Annual report of the Punjab Veterinary College and of the Civil Veterinary Department, Punjab - 1909-1919
Year: 1909
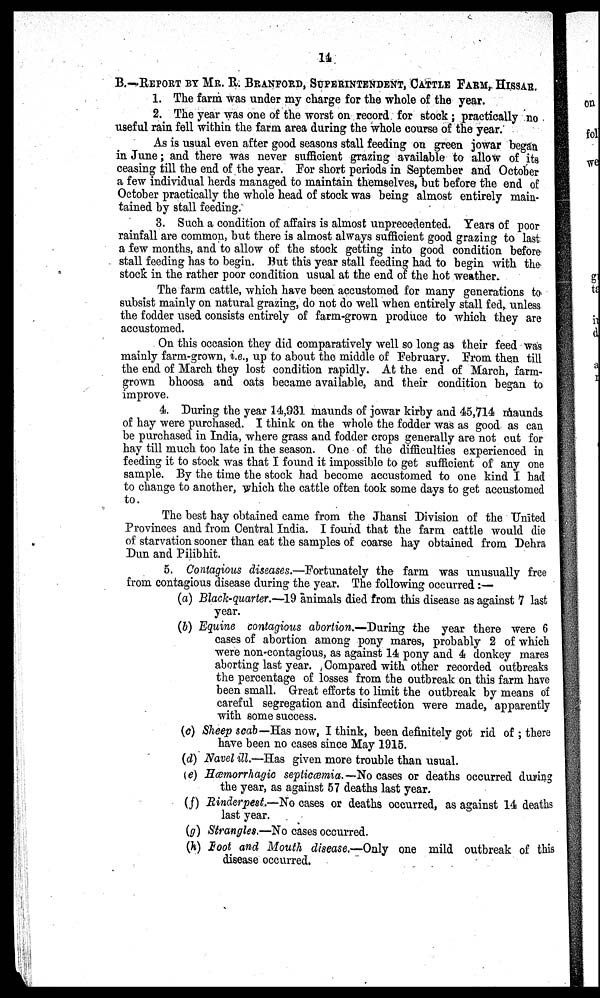
14
B.—REPORT BY Mr. R. BRANFORD, SUPERINTENDENT, CATTLE FARM,. HISSAR.
1. The farm was under my charge for the whole of the year.
2. The year was one of the worst on record for stock; practically no
useful rain fell within the farm area during the whole course of the year.
As is usual even after good seasons stall feeding on green jowar began
in June; and there was never sufficient grazing available to allow of its
ceasing till the end of the year. For short periods in September and October
a few individual herds managed to maintain themselves, but before the end of
October practically the whole head of stock was being almost entirely main-
tained by stall feeding.
3. Such a condition of affairs is almost unprecedented. Years of poor
rainfall are common, but there is almost always sufficient good grazing to last
a few months, and to allow of the stock getting into good condition before
stall feeding has to begin. But this year stall feeding had to begin with the
stock in the rather poor condition usual at the end of the hot weather.
The farm cattle, which have been accustomed for many generations to
subsist mainly on natural grazing, do not do well when entirely stall fed, unless
the fodder used consists entirely of farm-grown produce to which they are
accustomed.
On this occasion they did comparatively well so long as their feed was
mainly farm-grown, i.e., up to about the middle of February. From then till
the end of March they lost condition rapidly. At the end of March, farm-
grown bhoosa and oats became available, and their condition began to
improve.
4. During the year 14,931 maunds of jowar kirby and 45,714 maunds.
of hay were purchased. I think on the whole the fodder was as good as can
be purchased in India, where grass and fodder crops generally are not cut for
hay till much too late in the season. One of the difficulties experienced in
feeding it to stock was that I found it impossible to get sufficient of any one
sample. By the time the stock had become accustomed to one kind I had
to change to another, which the cattle often took some days to get accustomed
to.
The best hay obtained came from the Jhansi Division of the United
Provinces and from Central India. I found that the farm cattle would die
of starvation sooner than eat the samples of coarse hay obtained from Dehra
Dun and Pilibhit.
5. Contagious diseases.—Fortunately the farm was unusually free
from contagious disease during the year. The following occurred :—
(a) Black-quarter.—19 animals died from this disease as against 7 last
year.
(b) Equine contagious abortion.—During the year there were 6
cases of abortion among pony mares, probably 2 of which
were non-contagious, as against 14 pony and 4 donkey mares
aborting last year. Compared with other recorded outbreaks
the percentage of losses from the outbreak on this farm have
been small. Great efforts to limit the outbreak by means of
careful segregation and disinfection were made, apparently
with some success.
(c) Sheep scab—Has now, I think, been definitely got rid of; there
have been no cases since May 1915.
(d) Navel ill.—Has given more trouble than usual.
(e) Hæmorrhagic septiæmia.—No cases or deaths occurred during
the year, as against 57 deaths last year.
(f) Rinderpest.—No cases or deaths occurred, as against 14 deaths
last year.
(g) Strangles —No cases occurred.
(h) Foot and Mouth disease.—Only one mild outbreak of this
disease occurred.